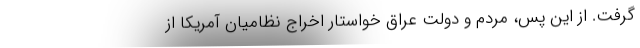
گرفت. از این پس، مردم و دولت عراق خواستار اخراج نظامیان آمریکا از